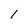
Character: 1